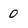
Character: 0